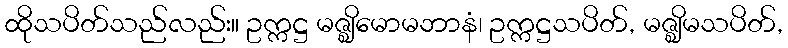
ထိုသပိတ်သည်လည်း။ ဥက္ကဋ္ဌ မဇ္ဈိမောမဘာနံ၊ ဥက္ကဋ္ဌသပိတ်, မဇ္ဈိမသပိတ်,